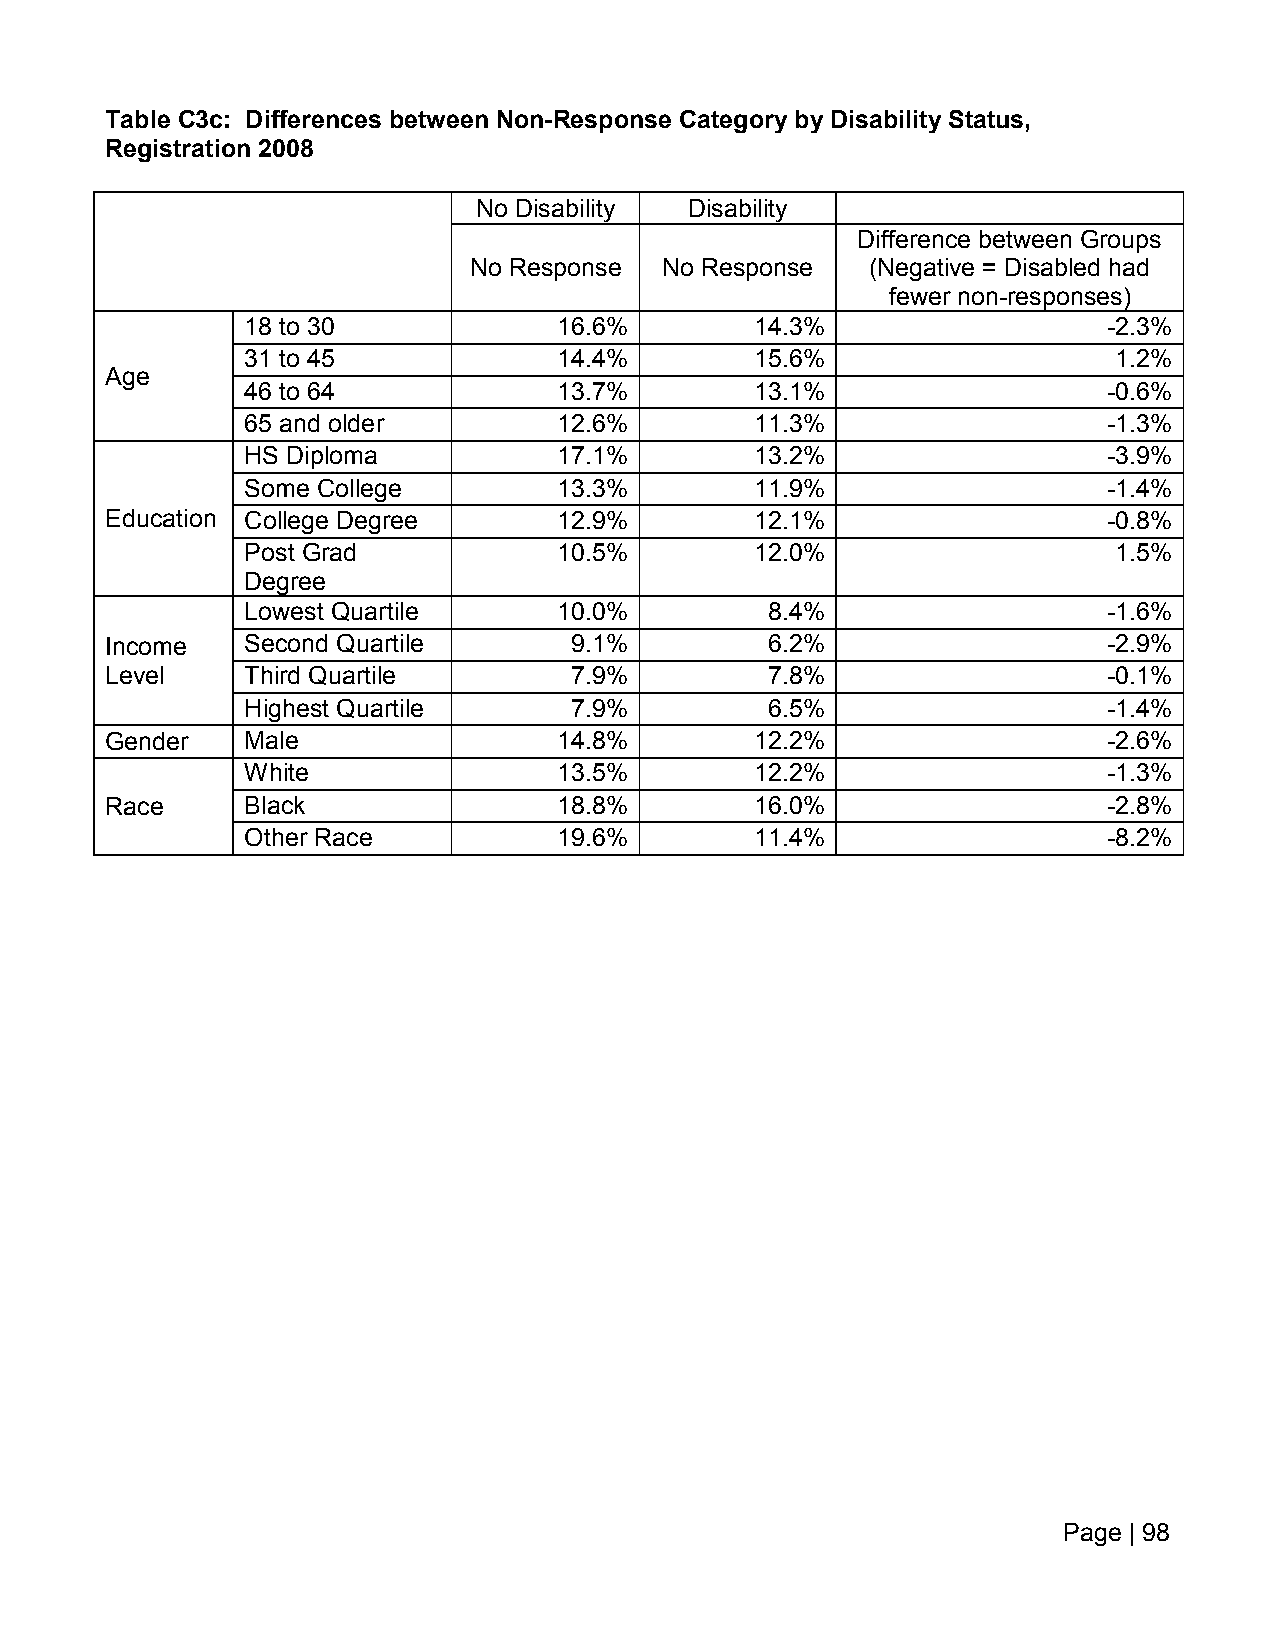
Table C3c: Differences between Non-Response Category by Disability Status,
 Registration 2008
 No Disability Disability
 Difference between Groups
 No Response  No Response   (Negative = Disabled had
 fewer non-responses)
 18 to 30             16.6%        14.3%                  -2.3%
 31 to 45             14.4%        15.6%                   1.2%
 Age
 46 to 64             13.7%        13.1%                  -0.6%
 65 and older         12.6%        11.3%                  -1.3%
 HS Diploma           17.1%        13.2%                  -3.9%
 Some College         13.3%        11.9%                  -1.4%
 Education College Degree      12.9%        12.1%                  -0.8%
 Post Grad            10.5%        12.0%                   1.5%
 Degree
 Lowest Quartile      10.0%         8.4%                  -1.6%
 Income   Second Quartile       9.1%         6.2%                  -2.9%
 Level    Third Quartile        7.9%         7.8%                  -0.1%
 Highest Quartile      7.9%         6.5%                  -1.4%
 Gender   Male                 14.8%        12.2%                  -2.6%
 White                13.5%        12.2%                  -1.3%
 Race     Black                18.8%        16.0%                  -2.8%
 Other Race           19.6%        11.4%                  -8.2%
 Page | 98